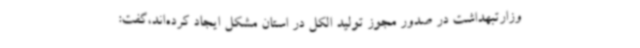
وزارتبهداشت در صدور مجوز تولید الکل در استان مشکل ایجاد کرده‌اند،گفت: